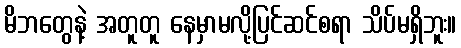
မိဘတွေနဲ့ အတူတူ နေမှာမလို့ပြင်ဆင်စရာ သိပ်မရှိဘူး။